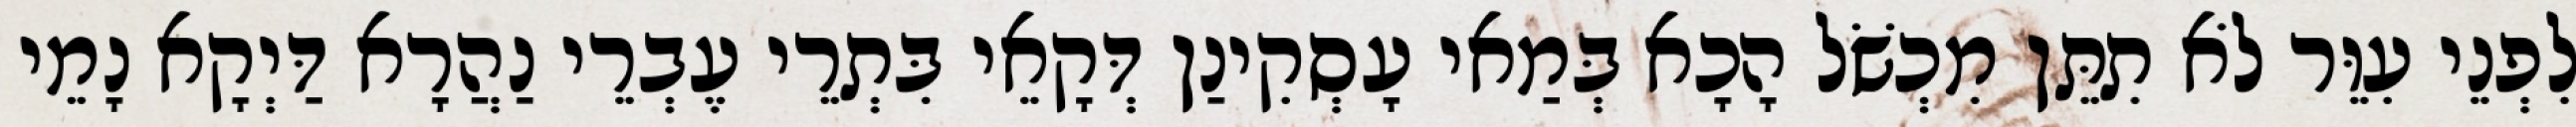
לִפְנֵי עִוֵּר לֹא תִתֵּן מִכְשֹׁל הָכָא בְּמַאי עָסְקִינַן דְּקָאֵי בִּתְרֵי עֶבְרֵי נַהֲרָא דַּיְקָא נָמֵי